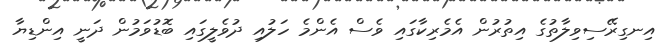
އިނގިރޭސިވިލާތުގެ އިތުރުން އެމެރިކާގައި ވެސް އެންމެ ހަލުއި ދުވެލީގައި ބޮޑުވަމުން ދަނީ އިންޑިޔާ